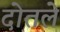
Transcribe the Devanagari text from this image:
दोतले